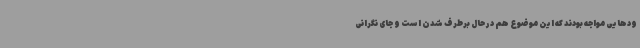
ودهایی مواجه بودند که این موضوع هم در حال برطرف شدن است و جای نگرانی